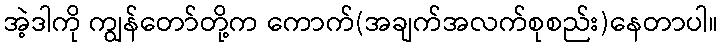
အဲ့ဒါကို ကျွန်တော်တို့က ကောက်(အချက်အလက်စုစည်း)နေတာပါ။